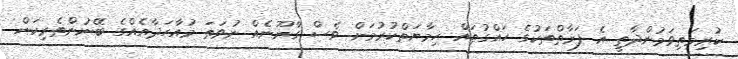
ކުރިމަތިވަމުންދާތީ އެ ފަރާތްތަކުގެ ހައްގުތައް ހިމާޔަތްކުރުމަށް ވެސް ގާނޫނެއް ނުވަތަ މުއާހަދާއެއްގެ ބޭނުންތެރިކަން